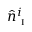
\hat { n } _ { \textsc { i } } ^ { i }